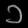
Digit: ၁